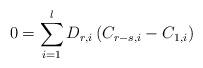
LaTeX: \begin{align*} 0=\sum_{i=1}^l D_{r,i}\left(C_{r-s,i}-C_{1,i}\right)\end{align*}